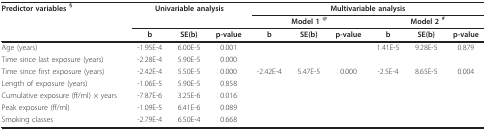
<table><thead><tr><td><b>Predictor variables <sup>§</sup></b></td><td colspan="3"><b>Univariable analysis</b></td><td colspan="6"><b>Multivariable analysis</b></td></tr><tr><td></td><td></td><td></td><td></td><td colspan="3"><b>Model 1 <sup>@</sup></b></td><td colspan="3"><b>Model 2 <sup>#</sup></b></td></tr><tr><td></td><td><b>b</b></td><td><b>SE(b)</b></td><td><b>p-value</b></td><td><b>b</b></td><td><b>SE(b)</b></td><td><b>p-value</b></td><td><b>b</b></td><td><b>SE(b)</b></td><td><b>p-value</b></td></tr></thead><tbody><tr><td>Age (years)</td><td>-1.95E-4</td><td>6.00E-5</td><td>0.001</td><td></td><td></td><td></td><td>1.41E-5</td><td>9.28E-5</td><td>0.879</td></tr><tr><td>Time since last exposure (years)</td><td>-2.28E-4</td><td>5.90E-5</td><td>0.000</td><td></td><td></td><td></td><td></td><td></td><td></td></tr><tr><td>Time since first exposure (years)</td><td>-2.42E-4</td><td>5.50E-5</td><td>0.000</td><td>-2.42E-4</td><td>5.47E-5</td><td>0.000</td><td>-2.5E-4</td><td>8.65E-5</td><td>0.004</td></tr><tr><td>Length of exposure (years)</td><td>-1.06E-5</td><td>5.90E-5</td><td>0.858</td><td></td><td></td><td></td><td></td><td></td><td></td></tr><tr><td>Cumulative exposure (ff/ml) × years</td><td>-7.87E-6</td><td>3.25E-6</td><td>0.016</td><td></td><td></td><td></td><td></td><td></td><td></td></tr><tr><td>Peak exposure (ff/ml)</td><td>-1.09E-5</td><td>6.41E-6</td><td>0.089</td><td></td><td></td><td></td><td></td><td></td><td></td></tr><tr><td>Smoking classes</td><td>-2.79E-4</td><td>6.50E-4</td><td>0.668</td><td></td><td></td><td></td><td></td><td></td><td></td></tr></tbody></table>